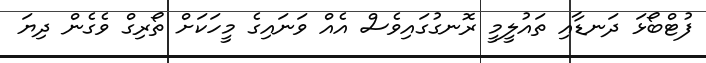
ފުޓްބޯޅަ ދަނޑާއި ތައުލީމީ ރޮނގުގައިވެސް އެއް ވަނައިގެ މީހަކަށް ތޯރިގް ވެގެން ދިޔަ